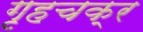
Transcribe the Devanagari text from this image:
गृहचक्र